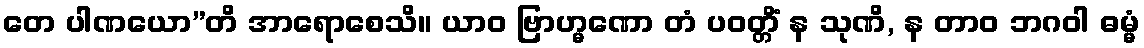
တေ ပါဏယော”တိ အာရောစေသိ။ ယာဝ ဗြာဟ္မဏော တံ ပဝတ္တိံ န သုဏိ, န တာဝ ဘဂဝါ ဓမ္မံ